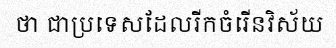
ថា ជាប្រទេសដែលរីកចំរើនវិស័យ